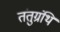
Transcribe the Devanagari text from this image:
तंतुग्रंथि